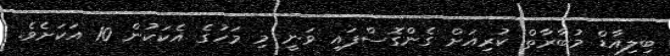
ބިލިއާޑް މުބާރާތް ކުރިއަށް ގެންގޮސްފައި ވަނީ މި މަހުގެ އެކަކުން 10 އަކަށެވެ.